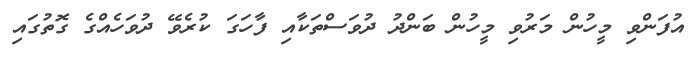
އުފަންވި މީހުން މަރުވި މީހުން ބަންދު ދުވަސްތަކާއި ފާހަގަ ކުރެވޭ ދުވަހެއްގެ ގޮތުގައި